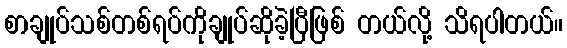
စာချုပ်သစ်တစ်ရပ်ကိုချုပ်ဆိုခဲ့ပြီဖြစ် တယ်လို့ သိရပါတယ်။